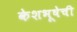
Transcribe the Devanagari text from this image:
केशभूषेची